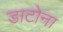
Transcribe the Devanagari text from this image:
डाटोना